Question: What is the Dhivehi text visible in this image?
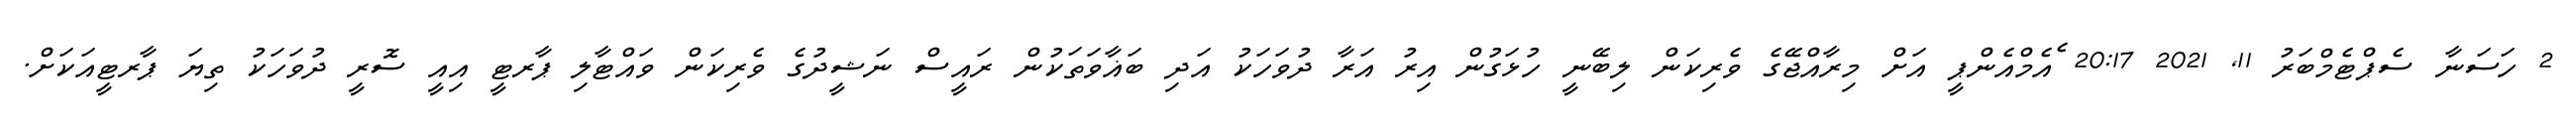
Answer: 2 ހަސަނާ ސެޕްޓެމްބަރު 11, 2021 20:17 ެއެމްއެންޕީ އަށް މިރާއްޖޭގެ ވެރިކަން ލިބޭނީ ހުޅަގުން އިރު އަރާ ދުވަހަކު އަދި ބަޣާވަތަކުން ރައީސް ނަޝީދުގެ ވެރިކަން ވައްޓާލި ޕާރޓީ އިއީ ސޮރީ ދުވަހަކު ތިޔަ ޕާރޓީއަކަށް.